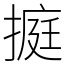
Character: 㨩